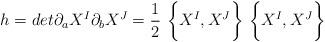
LaTeX: \begin{align*}h = det \partial_aX^I \partial_b X^J=\frac{1}{2}~\biggl\{X^I,X^J\biggr\}~\biggl\{ X^I,X^J\biggr\}\end{align*}